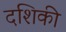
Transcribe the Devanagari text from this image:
दशिकी